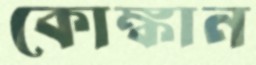
কোঙ্কান